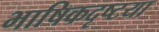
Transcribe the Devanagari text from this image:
भाषिकदृष्टया